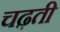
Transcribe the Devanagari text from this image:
चढ़़ती